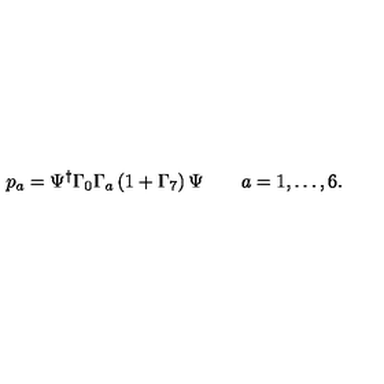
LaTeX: p _ { a } = \Psi ^ { \dagger } \Gamma _ { 0 } \Gamma _ { a } \left( 1 + \Gamma _ { 7 } \right) \Psi \qquad a = 1 , \dots , 6 .